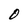
Character: 0